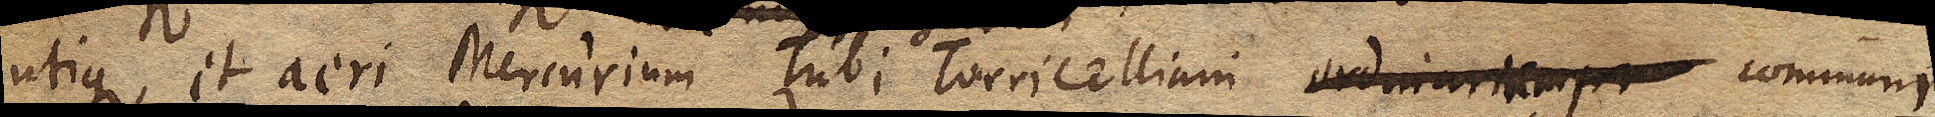
utique et aeri Mercurium Tubi Torricelliani ordinariem pr communi